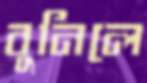
বুনিলে